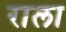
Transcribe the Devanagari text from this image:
राला